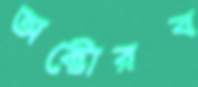
অক্টোরব